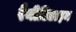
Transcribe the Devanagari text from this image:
रैनीटिडाइन